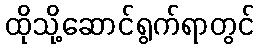
ထိုသို့ဆောင်ရွက်ရာတွင်